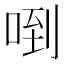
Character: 𠴼